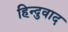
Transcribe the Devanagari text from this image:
हिन्दुवाद